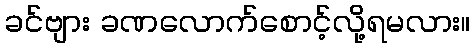
ခင်ဗျား ခဏလောက်စောင့်လို့ရမလား။